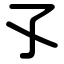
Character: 孓